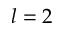
l = 2